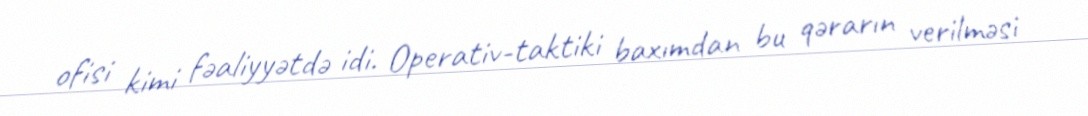
ofisi kimi fəaliyyətdə idi. Operativ-taktiki baxımdan bu qərarın verilməsi